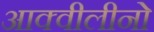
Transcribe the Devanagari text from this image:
आक्वीलीनो